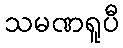
သမဏရူပီ